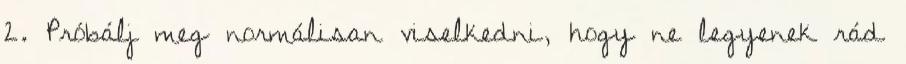
2. Próbálj meg normálisan viselkedni, hogy ne legyenek rád